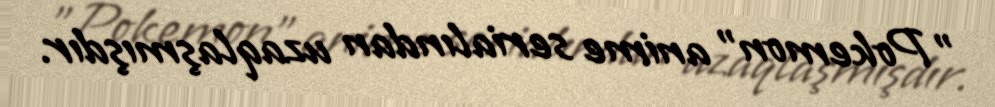
"Pokemon" anime serialından uzaqlaşmışdır.